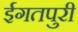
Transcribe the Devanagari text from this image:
ईगतपुरी